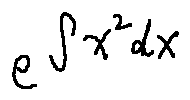
e ^ { \int x ^ { 2 } d x }